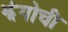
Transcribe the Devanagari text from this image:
झंगोची